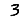
Digit: 3